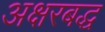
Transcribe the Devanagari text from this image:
अक्षरबद्ध